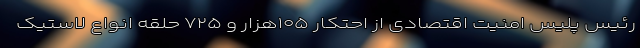
رئیس پلیس امنیت اقتصادی از احتکار ۱۰۵هزار و ۷۲۵ حلقه انواع لاستیک